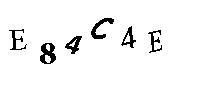
E84C4E